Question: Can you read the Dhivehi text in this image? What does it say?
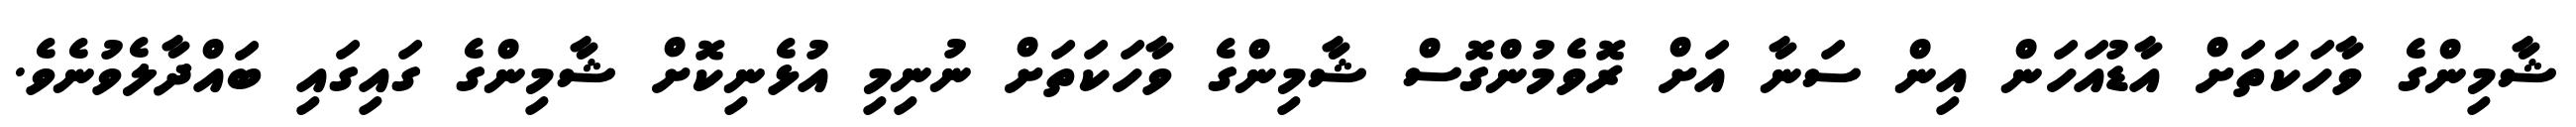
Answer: ޝާމިންގެ ވާހަކަތަށް އާޑުއަހަން އިން ސަނާ އަށް ރޮވެމުންގޮސް ޝާމިންގެ ވާހަކަތަށް ނުނިމި އުޅެނިކޮށް ޝާމިންގެ ގައިގައި ބައްދާލެވުނެވެ.